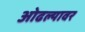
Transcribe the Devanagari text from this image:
ओढल्यावर